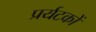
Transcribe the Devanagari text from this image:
प्रर्यटकों